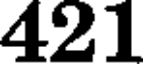
421